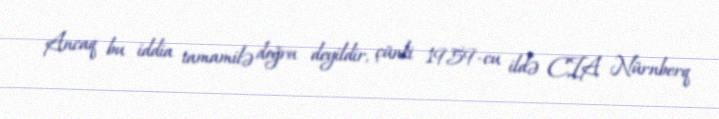
Ancaq bu iddia tamamilə doğru deyildir, çünki 1959-cu ildə CIA Nürnberq